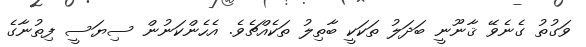
ވަގުތު ގެނެވޭ ޤާނޫނީ ބަދަލު ތަކަކީ ބާތިލު ތަކެއްޗެވެ. އެހެންކަނުން ސިޔަސީ ފިތުނާގެ